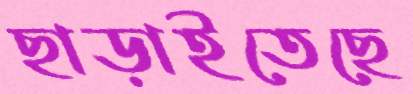
ছাড়াইতেছে